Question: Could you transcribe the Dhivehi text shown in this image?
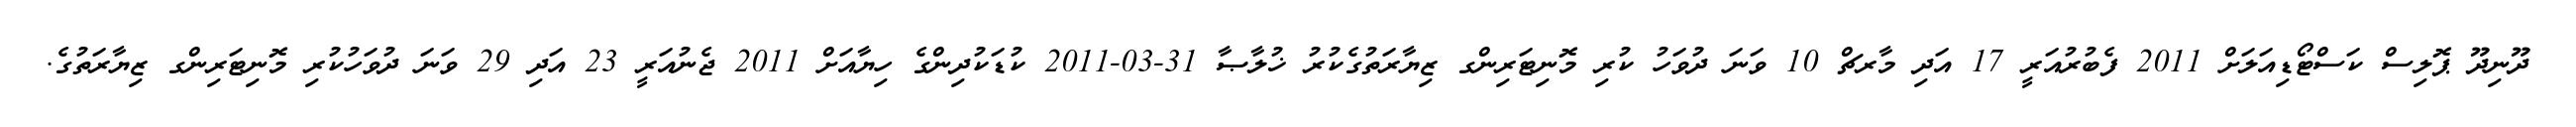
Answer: ދޫނިދޫ ޕޮލިސް ކަސްޓޯޑިއަލަށް 2011 ފެބުރުއަރީ 17 އަދި މާރޗް 10 ވަނަ ދުވަހު ކުރި މޮނިޓަރިންގ ޒިޔާރަތުގެކުރު ޚުލާޞާ 31-03-2011 ކުޑަކުދިންގެ ހިޔާއަށް 2011 ޖެނުއަރީ 23 އަދި 29 ވަނަ ދުވަހުކުރި މޮނިޓަރިންގ ޒިޔާރަތުގެ.